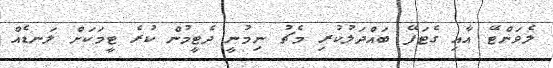
ލެވަންޓޭ އާއި ގެޓަފޭ ބައްދަލުކުރި މެޗު ނިމުނީ ދެޓީމުން ކުރެ ޓީމަކަށް ލަނޑެއް